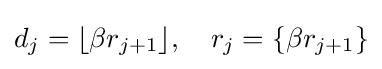
d_{j}=\lfloor \beta r_{j+1}\rfloor ,\quad r_{j}=\{\beta r_{j+1}\}